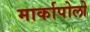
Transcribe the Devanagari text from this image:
मार्कापोलो